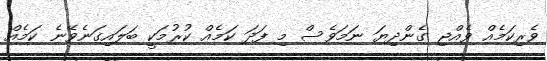
ވެރިކަމެއް ވެއްޖި ގެންދިޔަ ނަމަވެސް މި ފަދަ ކަމެއް ކުރުމަކީ ބަލައިގަނެވޭނެ ކަމެއް